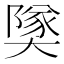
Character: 𪥡